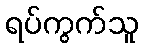
ရပ်ကွက်သူ